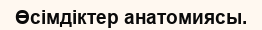
Өсімдіктер анатомиясы.